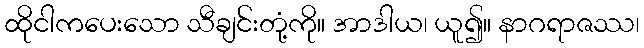
ထိုငါကပေးသော သီချင်းတုံ့ကို။ အာဒါယ၊ ယူ၍။ နာဂရာဇဿ၊